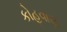
કોહવાણ